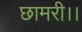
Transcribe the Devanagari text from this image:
छामरी।।